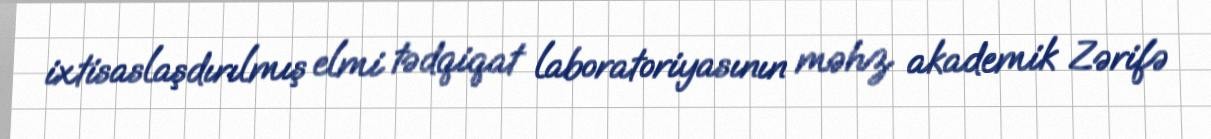
ixtisaslaşdırılmış elmi tədqiqat laboratoriyasının məhz akademik Zərifə